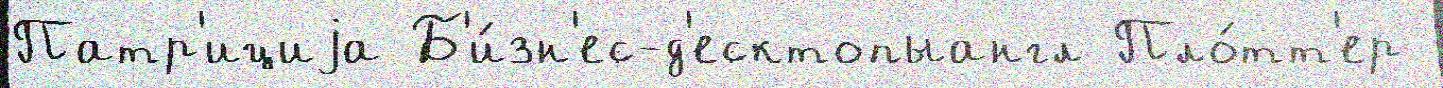
Патр'ициjа Б'и́зн'ес-д'есктопыангл Пло́тт'ер